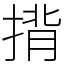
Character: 揹